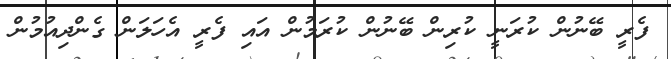
ފެރީ ބޭނުން ކުރަނީ ކުރިން ބޭނުން ކުރަމުން އައި ފެރީ އެހަލަން ގެންދިއުމުން